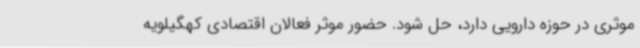
موثری در حوزه دارویی دارد، حل شود. حضور موثر فعالان اقتصادی کهگیلویه